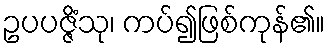
ဥပပဇ္ဇိံသု၊ ကပ်၍ဖြစ်ကုန်၏။